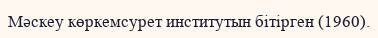
Мәскеу көркемсурет институтын бітірген (1960).